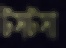
টসটসা